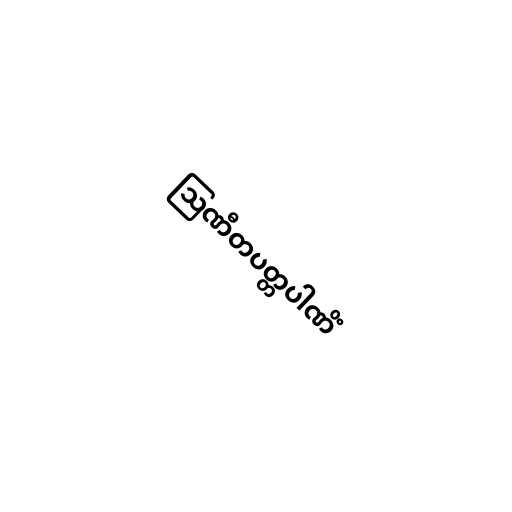
ဩဏီတပတ္တပါဏိံ